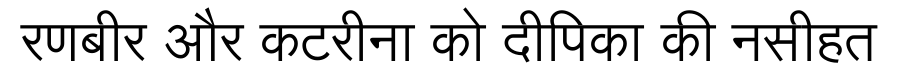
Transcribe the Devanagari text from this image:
रणबीर और कटरीना को दीपिका की नसीहत